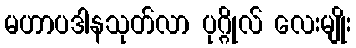
မဟာပဒါနသုတ်လာ ပုဂ္ဂိုလ် လေးမျိုး